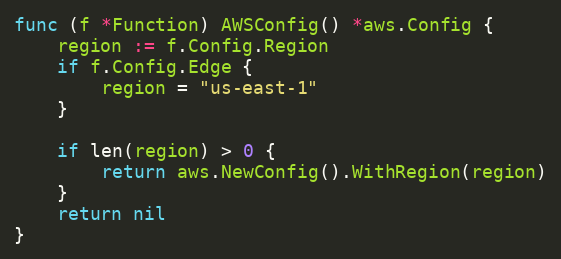
Language: Go
func (f *Function) AWSConfig() *aws.Config {
	region := f.Config.Region
	if f.Config.Edge {
		region = "us-east-1"
	}

	if len(region) > 0 {
		return aws.NewConfig().WithRegion(region)
	}
	return nil
}